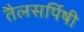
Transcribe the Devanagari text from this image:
तैलसर्पिषी